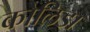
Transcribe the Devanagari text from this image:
कोलिडा